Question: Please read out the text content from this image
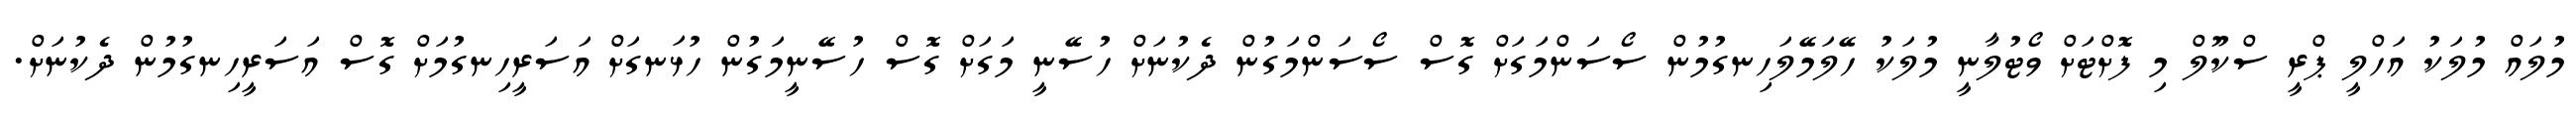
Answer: މުލައް މުލަކު އަހްލީ ޕްރީ ސްކޫލް މި ފޮށްޓަށް ވޯޓުލާނީ މުލަކު ހޭލަމޭލަހިނގުމުން ސޯސަންމަގަށް ގޮސް ސޯސަންމަގުން ދެކުނަށް ހުސޭނީ މަގަށް ގޮސް ހުސޭނީމަގުން ހުޅަނގަށް އަސަރީހިނގުމަށް ގޮސް އަސަރީހިނގުމުން ދެކުނަށް.